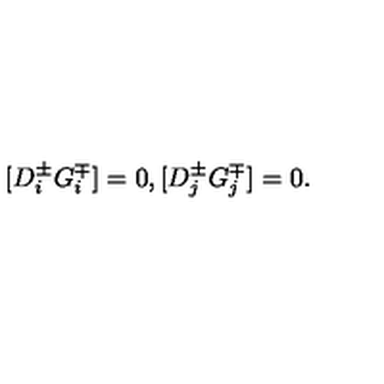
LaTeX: [ D _ { i } ^ { \pm } G _ { i } ^ { \mp } ] = 0 , [ D _ { j } ^ { \pm } G _ { j } ^ { \mp } ] = 0 .